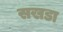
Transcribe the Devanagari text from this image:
सखडा